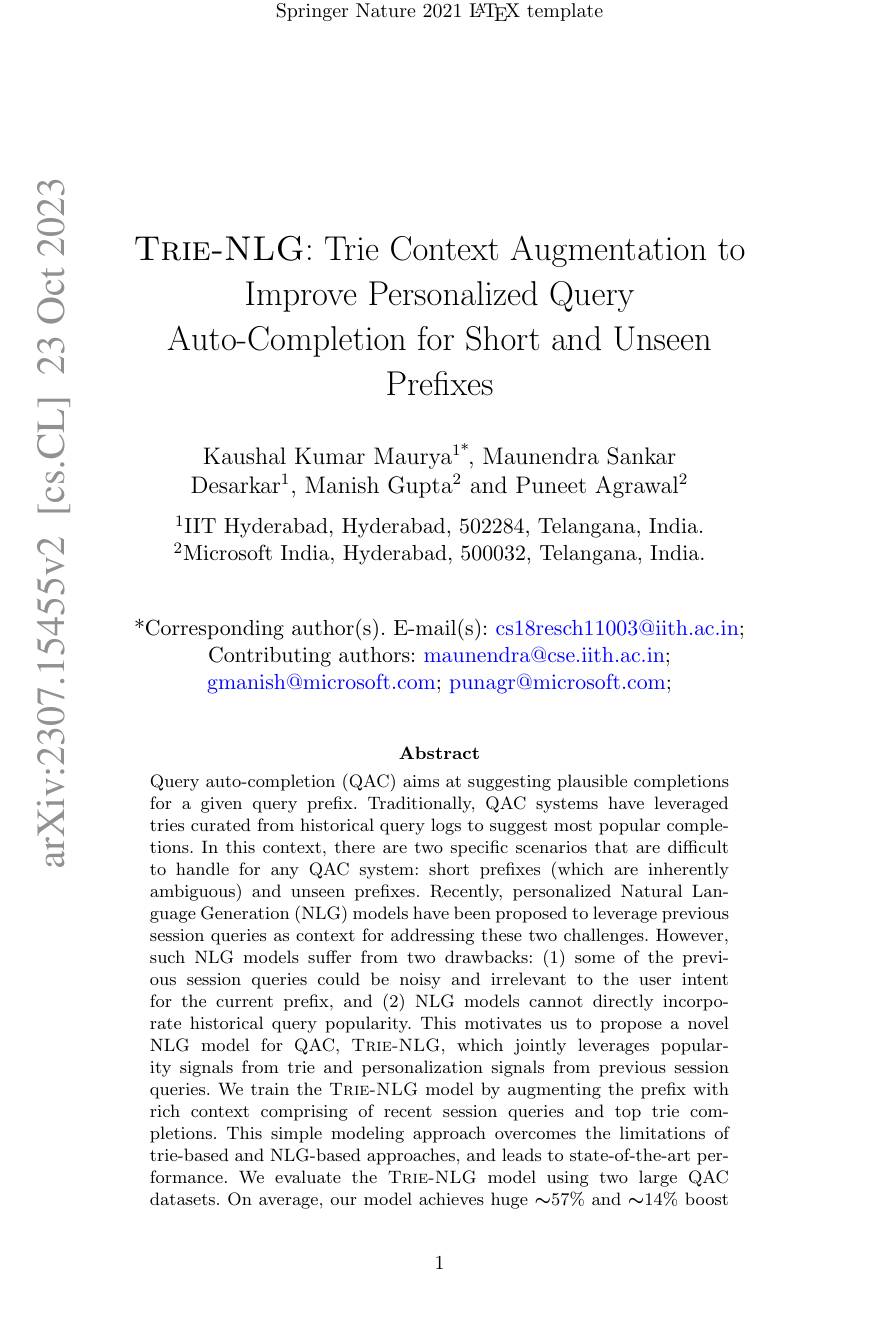
Springer Nature 2021 IATEX template

TRIE-NLG: Trie Context Augmentation to
Improve Personalized Query
Auto-Completion for Short and Unseen
Prefixes

Kaushal Kumar Maurya$^{1^*}$, Maunendra Sankar Desarkar$^1$,Manish Gupta$^2$ and Puneet Agrawal$^2$

$^{1}$IIT Hyderabad, Hyderabad, 502284, Telangana, India. $^{2}$Microsoft India, Hyderabad, 500032, Telangana, India.

## $^*$Corresponding author(s). E-mail(s): cs18resch11003@{}iith.ac.in; Contributing authors: maunendra@cse.iith.ac.in; gmanish@microsoft.com; punagr@microsoft.com;

Abstract

Query auto-completion (QAC) aims at suggesting plausible completions for a given query prefix. Traditionally, QAC systems have leveraged tries curated from historical query logs to suggest most popular completions. In this context, there are two specific scenarios that are difficult to handle for any QAC system: short prefixes (which are inherently ambiguous) and unseen prefxes. Recently, personalized Natural Language Generation (NLG) models have been proposed to leverage previous session queries as context for addressing these two challenges. However, such NLG models suffer from two drawbacks: (1) some of the previous session queries could be noisy and irrelevant to the user intent for the current prefix, and (2) NLG models cannot directly incorporate historical query popularity. This motivates us to propose a novel NLG model for QAC, TRIE-NLG, which jointly leverages popularity signals from trie and personalization signals from previous session queries. We train the TRIE-NLG model by augmenting the prefix with rich context comprising of recent session queries and top trie completions. This simple modeling approach overcomes the limitations of trie-based and NLG-based approaches, and leads to state-of-the-art performance. We evaluate the TRIE-NLG model using two large QAC datasets. On average, our model achieves huge $\sim57\%$ and $\sim14\%$ boost

1